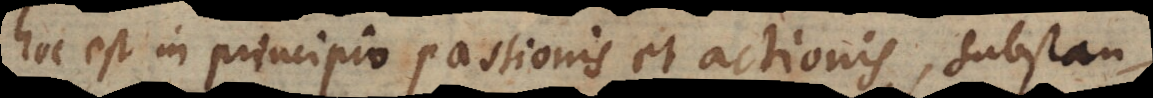
hoc est in principio passionis et actionis, substan